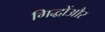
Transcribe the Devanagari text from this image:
गिद्धोंऔर